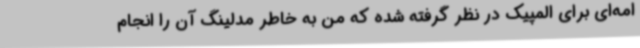
امه‌ای برای المپیک در نظر گرفته شده که من به خاطر مدلینگ آن را انجام